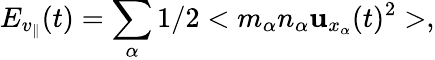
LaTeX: E_{v_{\parallel}}(t)=\sum_{\alpha}1/2<m_{\alpha}n_{\alpha}\mathbf{u}_{x_{\alpha}}(t)^{2}>,